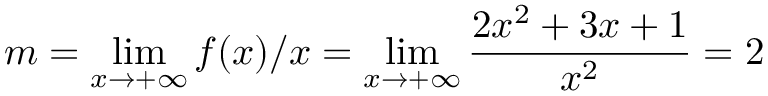
m = \operatorname* { l i m } _ { x \rightarrow + \infty } f ( x ) / x = \operatorname* { l i m } _ { x \rightarrow + \infty } { \frac { 2 x ^ { 2 } + 3 x + 1 } { x ^ { 2 } } } = 2